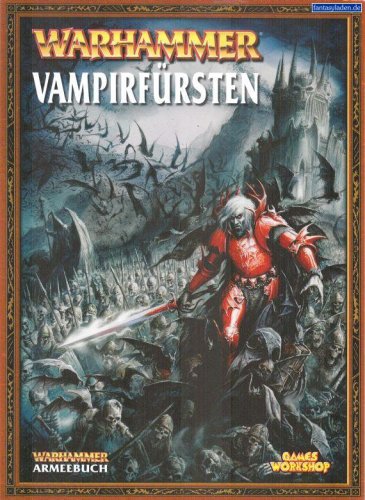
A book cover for Warhammer Armies Vampire Counts; Gav Thorpe; Science Fiction & Fantasy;